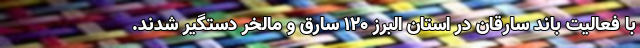
با فعالیت باند سارقان در استان البرز ۱۲۰ سارق و مالخر دستگیر شدند.